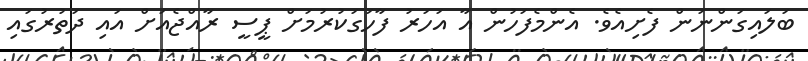
ބަލައިގަންނަން ފެށިއެވެ. އެންމެފަހުން އާ އަހަރު ފާހަގަކުރުމަށް ޕީސީ ރާއްޖެއަށް އައި ދަތުރުގައި